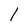
Character: l